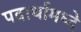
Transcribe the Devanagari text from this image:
पदार्थामध्दे